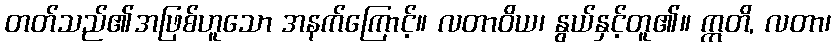
တတ်သည်၏အဖြစ်ဟူသော အနက်ကြောင့်။ လတာဝိယ၊ နွယ်နှင့်တူ၏။ ဣတိ, လတာ၊